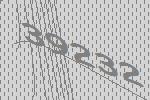
39232